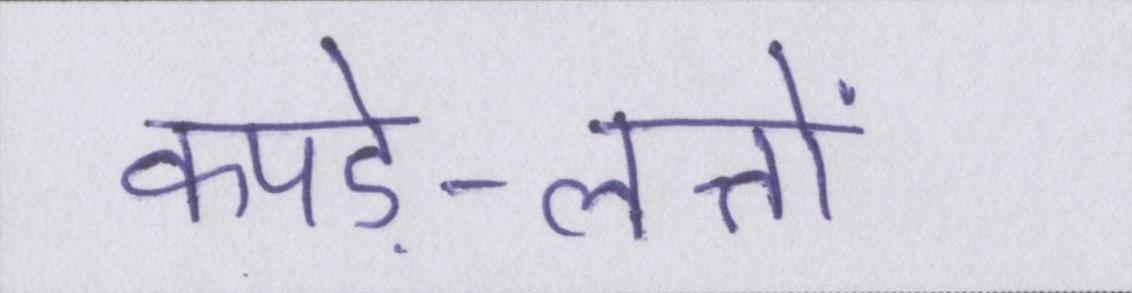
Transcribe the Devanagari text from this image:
कपड़े-लत्तों